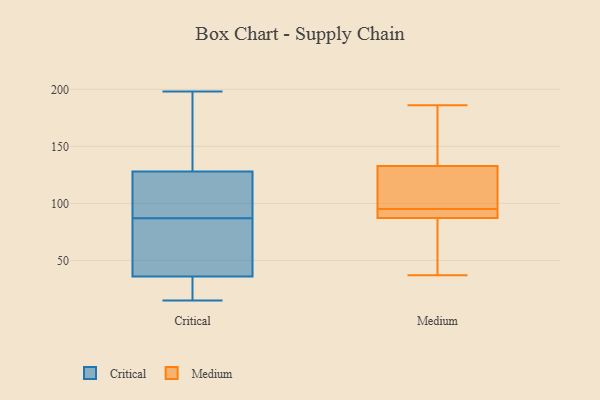
{"axis": {"x": "Budget (USD K)", "y": "Value"}, "legend": ["Critical", "Medium"], "data": [{"x": "", "y": 165, "type": "Critical"}, {"x": "", "y": 64, "type": "Critical"}, {"x": "", "y": 36, "type": "Critical"}, {"x": "", "y": 127, "type": "Critical"}, {"x": "", "y": 21, "type": "Critical"}, {"x": "", "y": 142, "type": "Critical"}, {"x": "", "y": 15, "type": "Critical"}, {"x": "", "y": 89, "type": "Critical"}, {"x": "", "y": 85, "type": "Critical"}, {"x": "", "y": 118, "type": "Critical"}, {"x": "", "y": 54, "type": "Critical"}, {"x": "", "y": 198, "type": "Critical"}, {"x": "", "y": 128, "type": "Critical"}, {"x": "", "y": 15, "type": "Critical"}, {"x": "", "y": 90, "type": "Medium"}, {"x": "", "y": 88, "type": "Medium"}, {"x": "", "y": 95, "type": "Medium"}, {"x": "", "y": 99, "type": "Medium"}, {"x": "", "y": 135, "type": "Medium"}, {"x": "", "y": 172, "type": "Medium"}, {"x": "", "y": 87, "type": "Medium"}, {"x": "", "y": 126, "type": "Medium"}, {"x": "", "y": 85, "type": "Medium"}, {"x": "", "y": 186, "type": "Medium"}, {"x": "", "y": 37, "type": "Medium"}]}